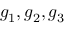
g _ { 1 } , g _ { 2 } , g _ { 3 }